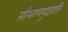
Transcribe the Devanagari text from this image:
सौभाग्यमुद्वहति